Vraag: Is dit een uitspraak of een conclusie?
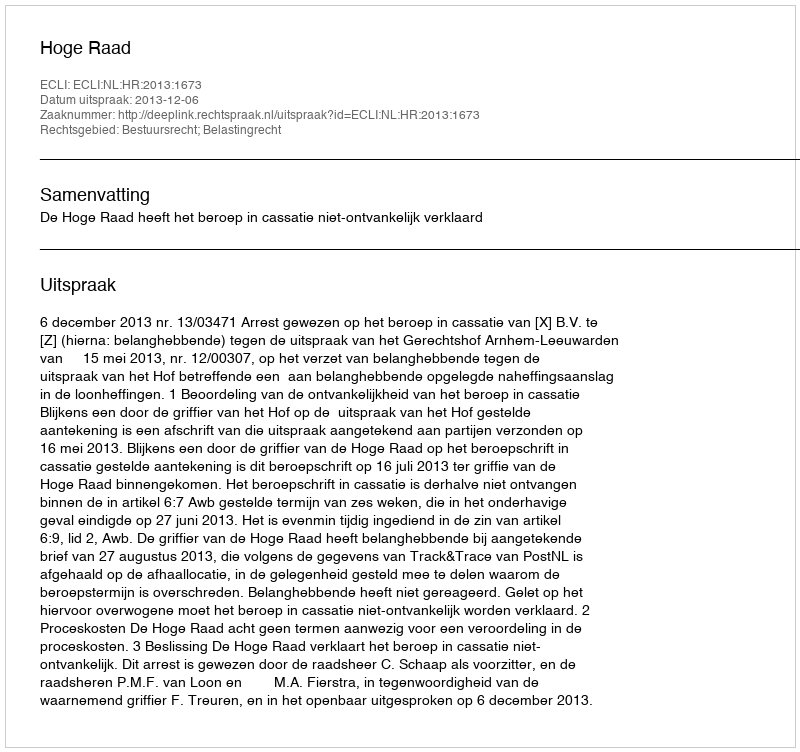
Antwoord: Uitspraak